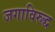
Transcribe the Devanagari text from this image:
जगाविरुद्ध